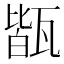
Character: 𤭧